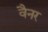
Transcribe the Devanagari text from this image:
वैनर